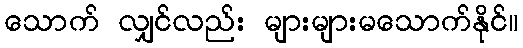
သောက် လျှင်လည်း များများမသောက်နိုင်။